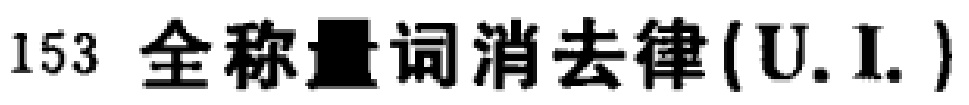
153 全称量词消去律(U.I.)